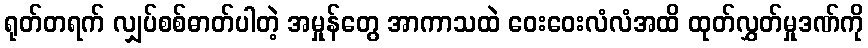
ရုတ်တရက် လျှပ်စစ်ဓာတ်ပါတဲ့ အမှုန်တွေ အာကာသထဲ ဝေးဝေးလံလံအထိ ထုတ်လွှတ်မှုဒဏ်ကို